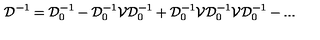
{ \mathcal D } ^ { - 1 } = { \mathcal D } _ { 0 } ^ { - 1 } - { \mathcal D } _ { 0 } ^ { - 1 } { \mathcal V } { \mathcal D } _ { 0 } ^ { - 1 } + { \mathcal D } _ { 0 } ^ { - 1 } { \mathcal V } { \mathcal D } _ { 0 } ^ { - 1 } { \mathcal V } { \mathcal D } _ { 0 } ^ { - 1 } - . . .